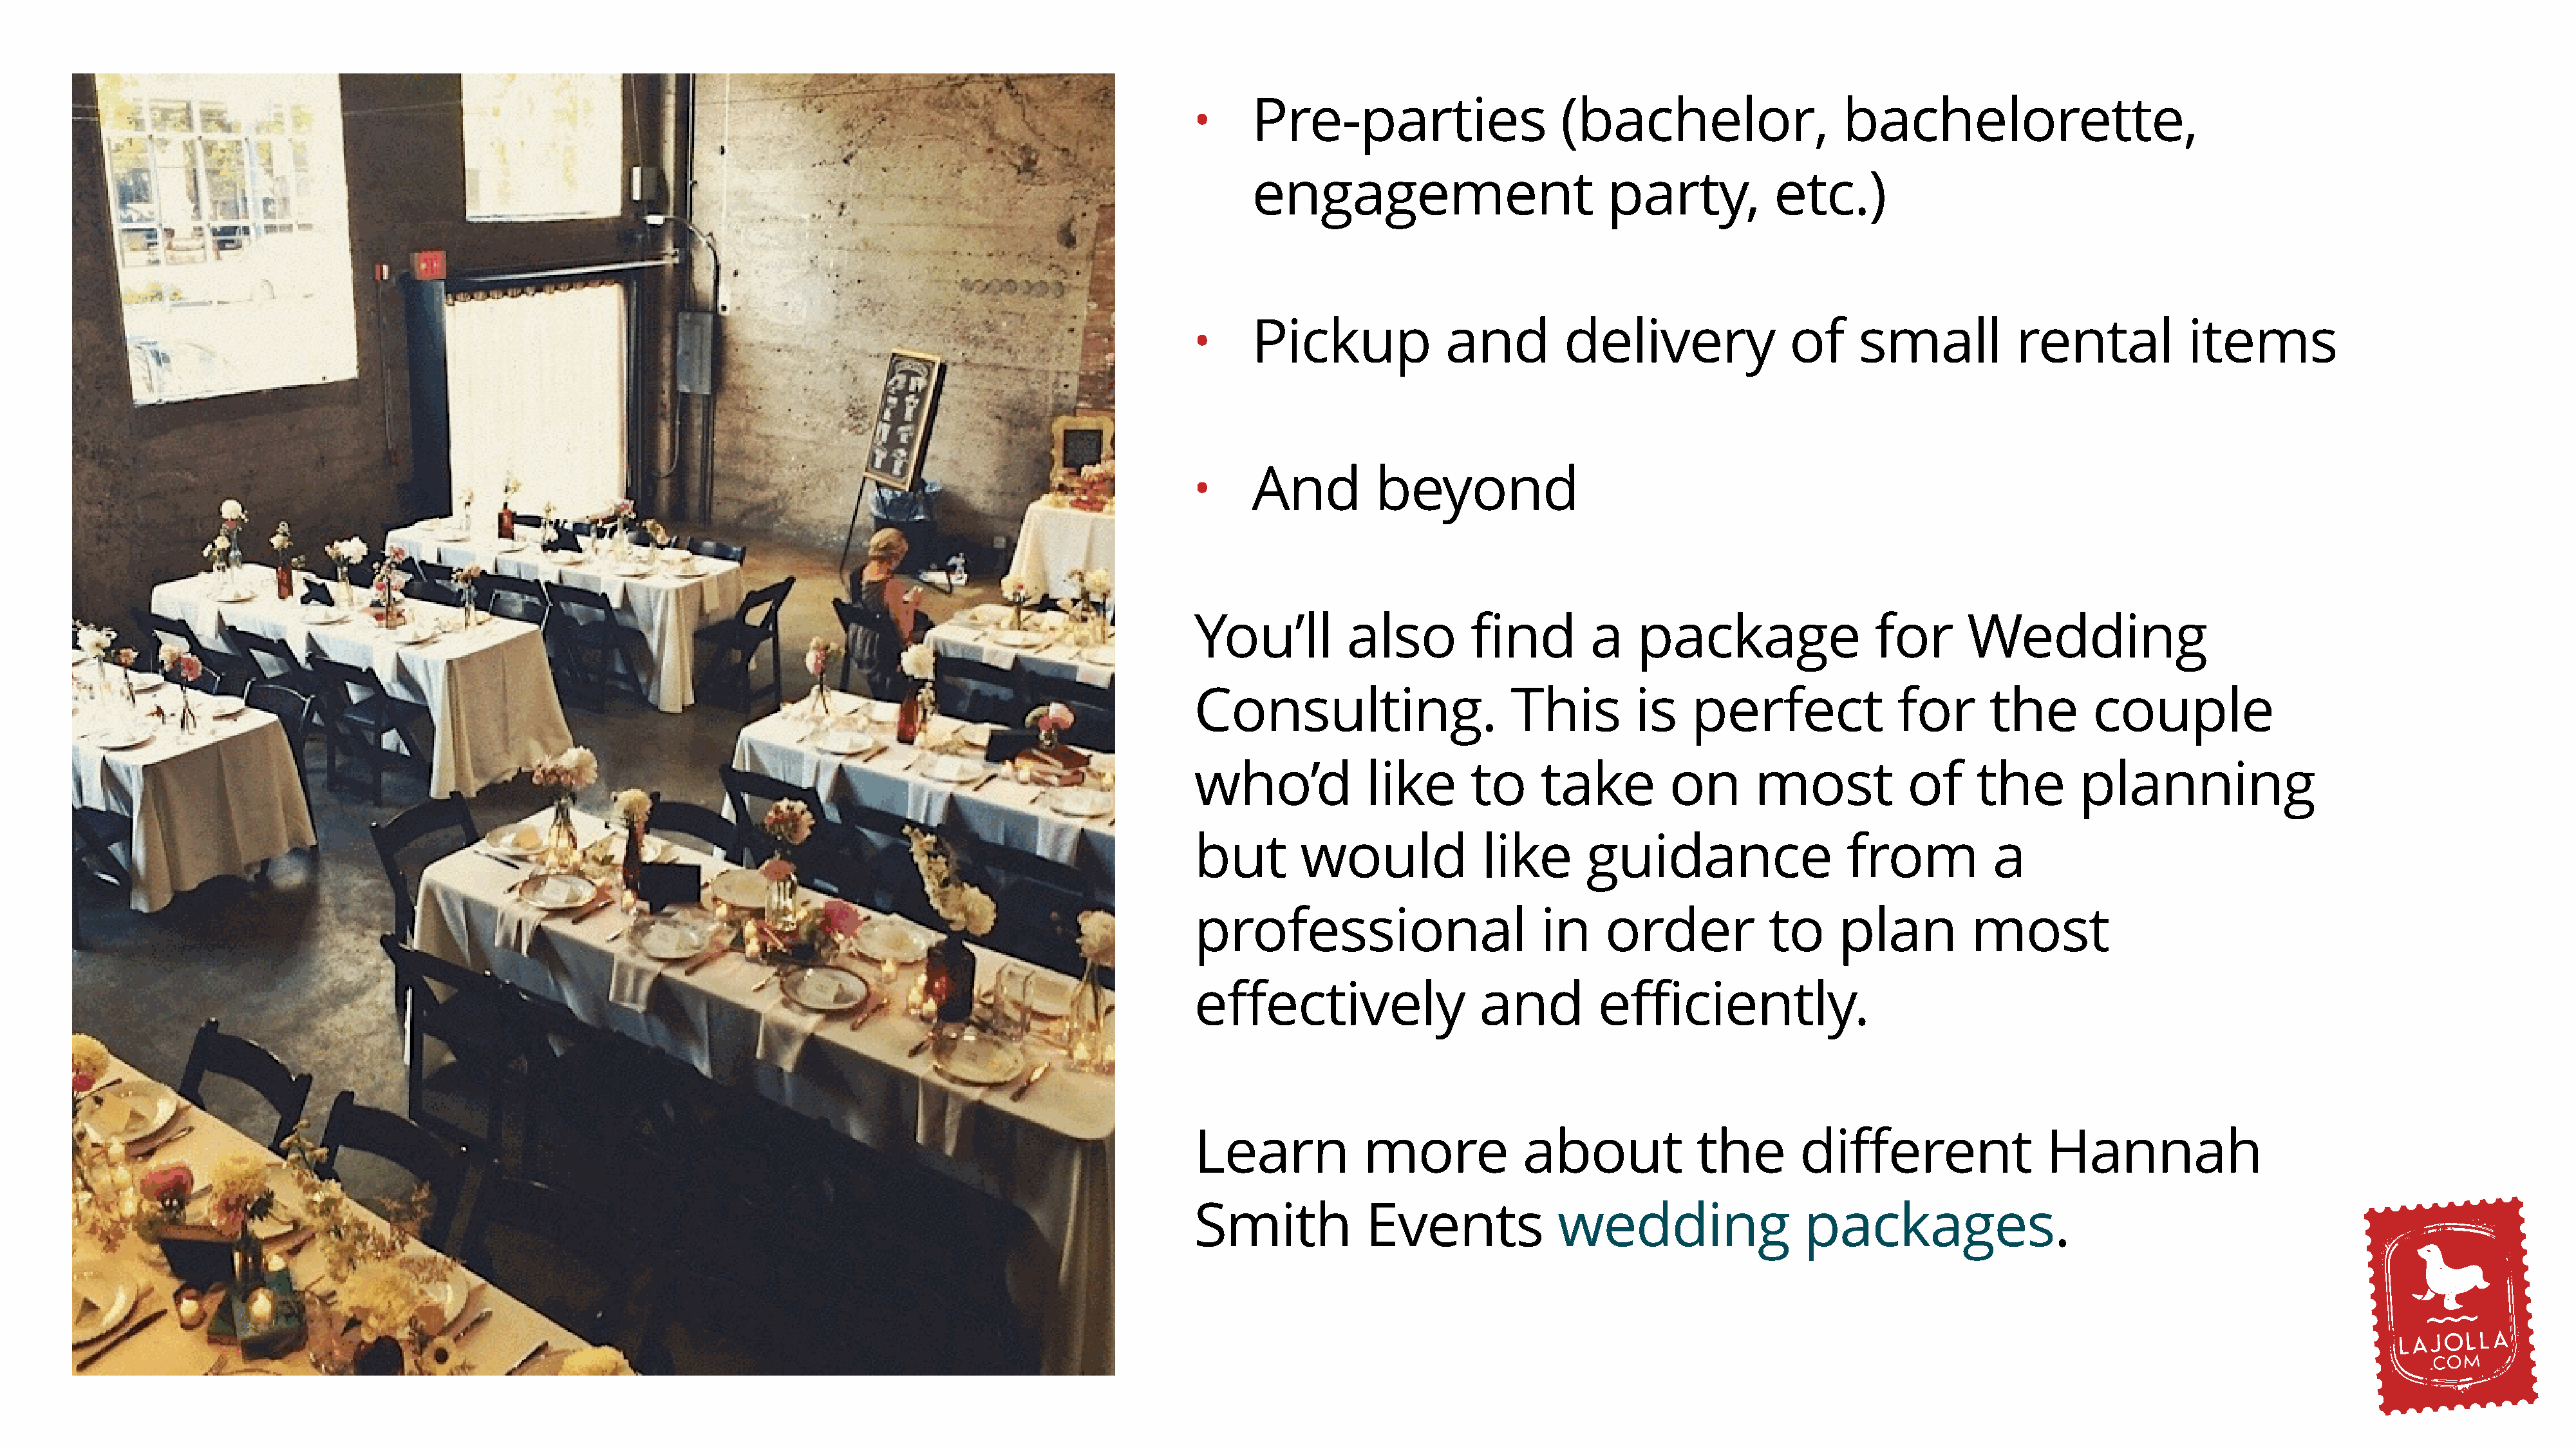
Pre-parties                    (bachelor,                   bachelorette,
 •
 engagement                          party,           etc.)
 Pickup              and         delivery               of     small           rental            items
 •
 And         beyond
 •
 You’ll         also         find        a    package                  for      Wedding
 Consulting.                     This         is    perfect              for       the       couple
 who’d            like       to     take          on      most            of     the        planning
 but        would             like       guidance                   from           a
 professional                       in     order            to     plan          most
 effectively                  and         efficiently.
 Learn            more             about            the        different                Hannah
 Smith            Events              wedding                  packages.